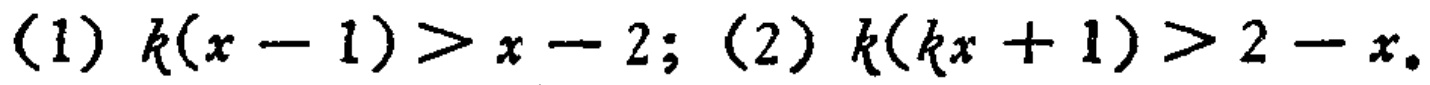
(1) \(k(x - 1)>x - 2\); (2) \(k(kx + 1)>2 - x\)